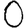
Digit: 0